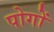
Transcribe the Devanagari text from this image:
पोगों